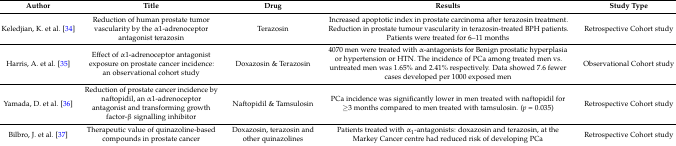
<table><thead><tr><td><b>Author</b></td><td><b>Title</b></td><td><b>Drug</b></td><td><b>Results</b></td><td><b>Study Type</b></td></tr></thead><tbody><tr><td>Keledjian, K. et al. [34]</td><td>Reduction of human prostate tumor vascularity by the α1-adrenoceptor antagonist terazosin</td><td>Terazosin</td><td>Increased apoptotic index in prostate carcinoma after terazosin treatment. Reduction in prostate tumour vascularity in terazosin-treated BPH patients. Patients were treated for 6–11 months</td><td>Retrospective Cohort study</td></tr><tr><td>Harris, A. et al. [35]</td><td>Effect of α1-adrenoceptor antagonist exposure on prostate cancer incidence: an observational cohort study</td><td>Doxazosin &amp; Terazosin</td><td>4070 men were treated with α-antagonists for Benign prostatic hyperplasia or hypertension or HTN. The incidence of PCa among treated men vs. untreated men was 1.65% and 2.41% respectively. Data showed 7.6 fewer cases developed per 1000 exposed men</td><td>Observational Cohort study</td></tr><tr><td>Yamada, D. et al. [36]</td><td>Reduction of prostate cancer incidence by naftopidil, an α1-adrenoceptor antagonist and transforming growth factor-β signalling inhibitor</td><td>Naftopidil &amp; Tamsulosin</td><td>PCa incidence was significantly lower in men treated with naftopidil for ≥3 months compared to men treated with tamsulosin. (<i>p</i> = 0.035)</td><td>Retrospective Cohort study</td></tr><tr><td>Bilbro, J. et al. [37]</td><td>Therapeutic value of quinazoline-based compounds in prostate cancer</td><td>Doxazosin, terazosin and other quinazolines</td><td>Patients treated with α<sub>1</sub>-antagonists: doxazosin and terazosin, at the Markey Cancer centre had reduced risk of developing PCa</td><td>Retrospective Cohort study</td></tr></tbody></table>